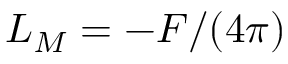
{ \cal L } _ { M } = - { \cal F } / ( 4 \pi )